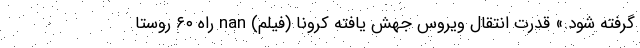
گرفته شود.» قدرت انتقال ویروس جهش یافته کرونا (فیلم) nan راه ۶۰ روستا